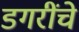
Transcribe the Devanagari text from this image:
डगरींचे